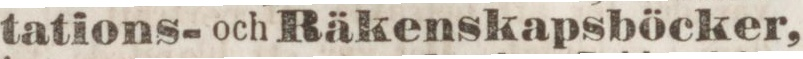
tations- och Räkenskapsböcker,